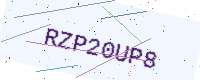
Text: RZP20UP8